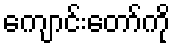
ကျောင်းတော်ကို